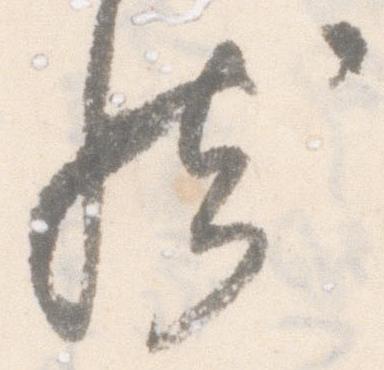
然